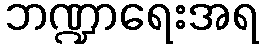
ဘဏ္ဍာရေးအရ